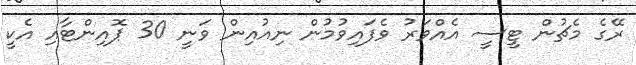
ރޭގެ މެޗުން ޓީސީ އެއްވަރު ވެފައިވުމުން ނިއުއިން ވަނީ 30 ޕޮއިންޓާއި އެކީ